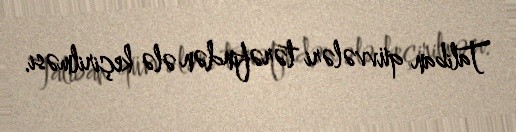
Taliban qüvvələri tərəfindən ələ keçirilməsi.